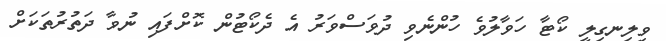
ވިލިނގިލީ ކޯޓާ ހަވާލުވެ ހުންނެވި ދުވަސްވަރު އެ ދެކޯޓުން ކޮށްފައި ނުވާ ދަތުރުތަކަށް